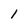
Character: 1